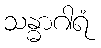
သန္ဓာဂါရံ